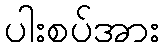
ပါးစပ်အား